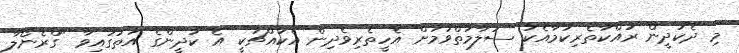
މި ދެކުދީން ރައްކާތެރިކަމާއެކު ސަލާމަތްވުމަށް އެހީތެރިވެދިން އެކައްޗަކީ އެ ކުދީންގެ އަތުގައިވާ "ގްރެނޯލާ